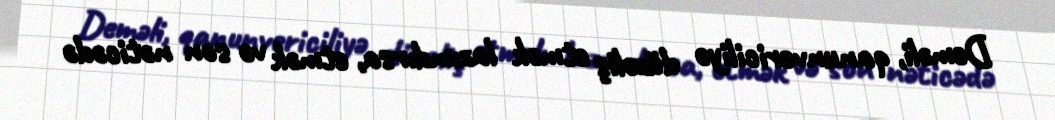
Deməli, qanunvericiliyə düzəliş etmək lazımdırsa, etmək və son nəticədə